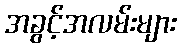
အခွင့်အလမ်းများ